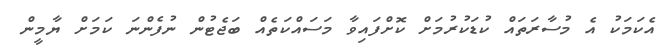
އެކަމަކު އެ މުސާރަތައް ކުޑަކުރުމަށް ކޮށްފައިވާ މަސައްކަތެއް ބަޖެޓުން ނުފެންނަ ކަމަށް ޔާމީން